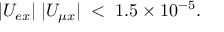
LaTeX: | U _ { e x } | \; | U _ { \mu x } | \; < \; 1 . 5 \times 1 0 ^ { - 5 } .